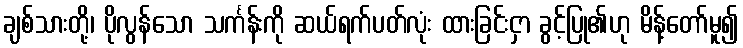
ချစ်သားတို့၊ ပိုလွန်သော သင်္ကန်းကို ဆယ်ရက်ပတ်လုံး ထားခြင်းငှာ ခွင့်ပြု၏ဟု မိန့်တော်မူ၍